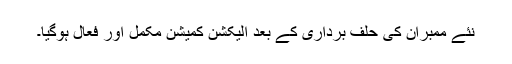
نئے ممبران کی حلف برداری کے بعد الیکشن کمیشن مکمل اور فعال ہوگیا۔